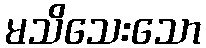
မသိသေးသော